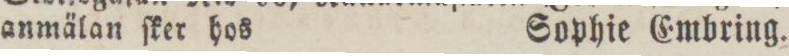
anmälan ſker hos    Sophie Embring.